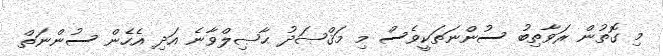
މި ގޮތުން ރަވާތިބު ސުންނަތަކީވެސް މި މަޤްޞަދު ޙާޞިލްވާނެ އަދި އެހެން ސުންނަތް